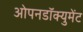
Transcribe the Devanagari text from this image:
ओपनडॉक्युमेंट